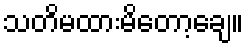
သတိမထားမိတော့ချေ။